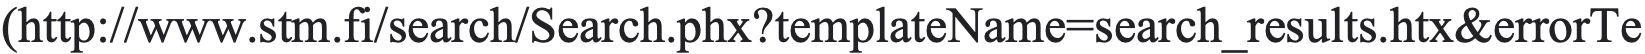
(http://www.stm.fi/search/Search.phx?templateName=search_results.htx&errorTe